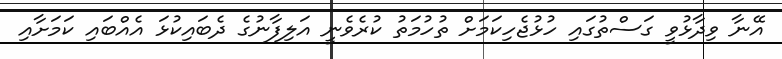
އޭނާ ވިދާޅުވީ ގަސްތުގައި ހުޅުޖެހިކަމަށް ތުހުމަތު ކުރެވެނީ އަލިފާނުގެ ދެބައިކުޅަ އެެއްބައި ކަމަށާއި